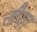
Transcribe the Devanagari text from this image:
खैया